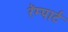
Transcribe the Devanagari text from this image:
रॅम्पार्ट